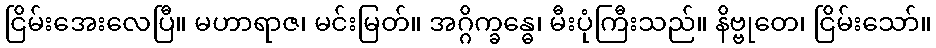
ငြိမ်းအေးလေပြီ။ မဟာရာဇ၊ မင်းမြတ်။ အဂ္ဂိက္ခန္ဓေ၊ မီးပုံကြီးသည်။ နိဗ္ဗုတေ၊ ငြိမ်းသော်။